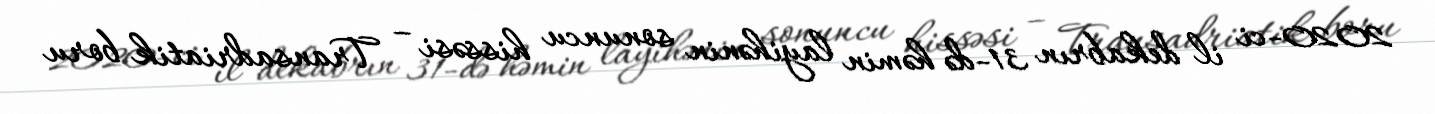
2020-ci il dekabrın 31-də həmin layihənin sonuncu hissəsi – Transadriatik boru